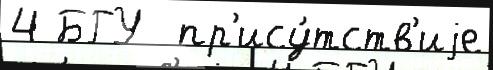
4 БГУ  пр'ису́тств'иjе